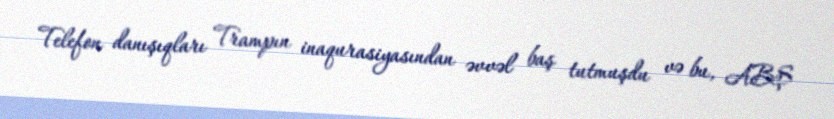
Telefon danışıqları Trampın inaqurasiyasından əvvəl baş tutmuşdu və bu, ABŞ